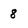
Character: 8